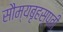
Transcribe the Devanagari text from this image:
सौम्यबृहस्पती